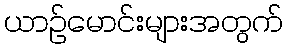
ယာဉ်မောင်းများအတွက်